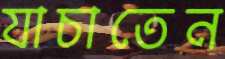
যাচাতেন